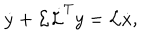
\dot { y } + { \cal L } \dot { \cal L } ^ { T } y = { \cal L } \dot { x } ,